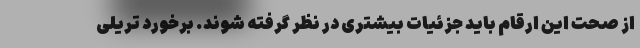
از صحت این ارقام باید جزئیات بیشتری در نظر گرفته شوند. برخورد تریلی